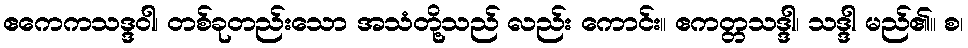
ဧကေကသဒ္ဒဝါ၊ တစ်ခုတည်းသော အသံတို့သည် လည်း ကောင်း။ ဧကတ္တသဒ္ဒါ၊ သဒ္ဒါ မည်၏။ စ၊